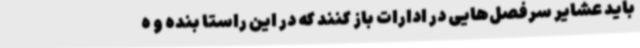
باید عشایر سرفصل‌هایی در ادارات باز کنند که در این راستا بنده و ه